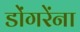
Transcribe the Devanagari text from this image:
डोंगरेंना